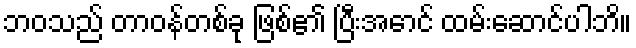
ဘဝသည် တာဝန်တစ်ခု ဖြစ်၏ ပြီးအောင် ထမ်းဆောင်ပါဘိ။